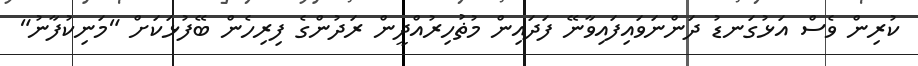
ކުރިން ވެސް އަޅުގަނޑު ދަންނަވައިފައިވާނޭ ފަދައިން މުޡުހިރުއްދީން ރަދުންގެ ފިރިހެން ބޭފުޅަކަށް "މަނިކުފާނު"